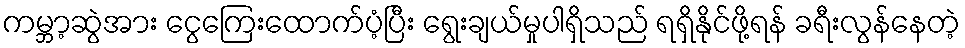
ကမ္ဘာ့ဆွဲအား ငွေကြေးထောက်ပံ့ပြီး ရွေးချယ်မှုပါရှိသည် ရရှိနိုင်ဖို့ရန် ခရီးလွန်နေတဲ့